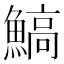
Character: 鰝